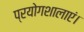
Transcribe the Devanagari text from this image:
प्रयोगशालाएं।